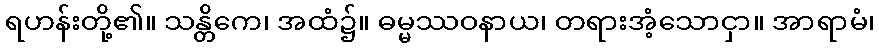
ရဟန်းတို့၏။ သန္တိကေ၊ အထံ၌။ ဓမ္မဿဝနာယ၊ တရားအံ့သောငှာ။ အာရာမံ၊